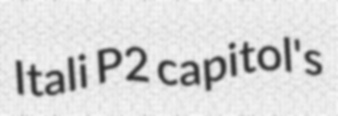
Itali P2 capitol's